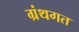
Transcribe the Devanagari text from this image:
ग्रंथगत